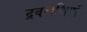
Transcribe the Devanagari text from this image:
द्रवराशियों